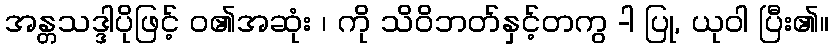
အန္တသဒ္ဒါပိုဖြင့် ဝ၏အဆုံး ၊ ကို သိဝိဘတ်နှင့်တကွ -ါ ပြု, ယုဝါ ပြီး၏။